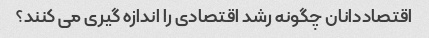
اقتصاددانان چگونه رشد اقتصادی را اندازه گیری می کنند؟